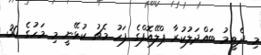
މި ދެޓީމު ބައްދަލުކުރާ ޕްލޭއޮފްގެ ފަހު މެޗު ކުޅޭނީ މި މަހުގެ 30